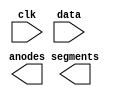
/*
*   Replace with your hex display driver
*/

module hex_display(
    input clk,
    input [15:0]data,

    output [3:0]anodes,
    output [6:0]segments
);

endmodule